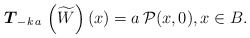
\begin{align*}\boldsymbol{T}_{-k \, a} \, \left( \widetilde{W} \right)(x) = a \, \mathcal{P}(x,0), x \in B. \end{align*}